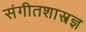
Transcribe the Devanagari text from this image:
संगीतशास्त्रज्ञ